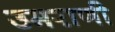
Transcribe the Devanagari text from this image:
उमराणी